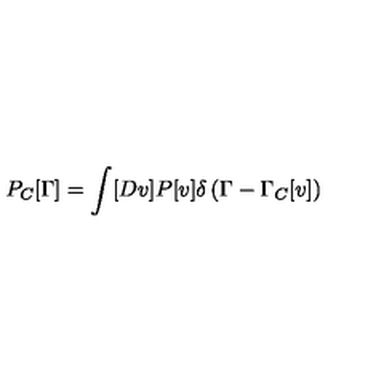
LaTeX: P _ { C } [ \Gamma ] = \int [ D v ] P [ v ] \delta \left( \Gamma - \Gamma _ { C } [ v ] \right)